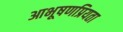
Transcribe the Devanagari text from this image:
आभूषणप्रियता